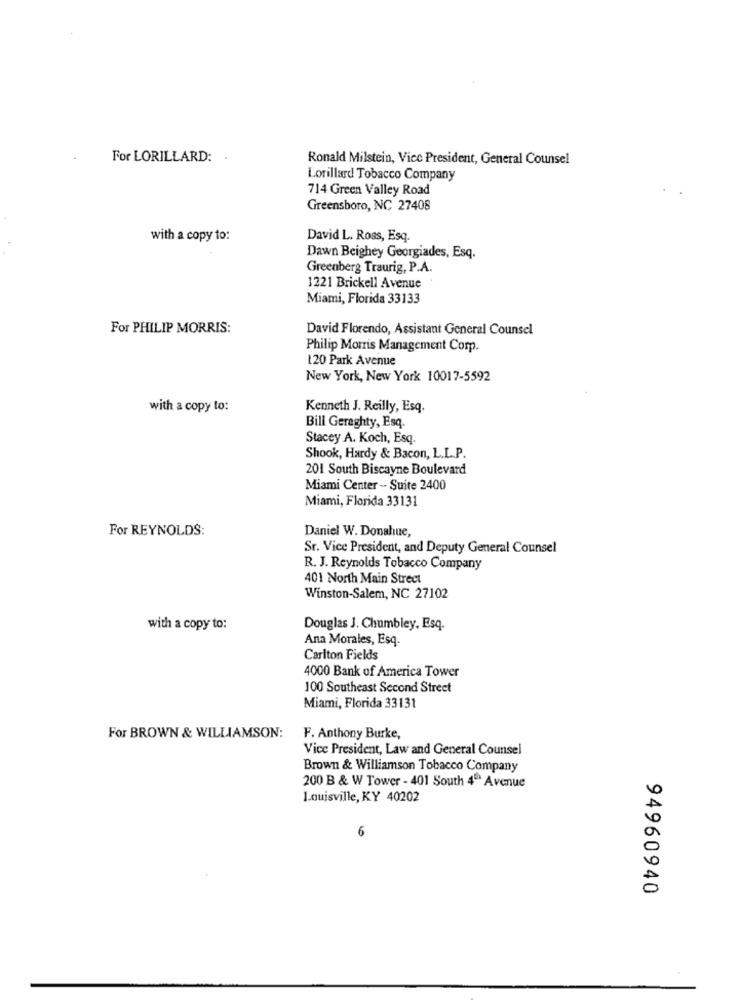
For LORILLARD: .
Ronald Milstein, Vice President, General Counsel
Lorillard Tobacco Company
714 Green Valley Road
Greensboro, NC 27408
with a copy to:
David L. Ross, Esq.
Dawn Beighey Georgiades, Esq.
Greenberg Traurig, P.A.
1221 Brickell Avenue
Miami, Florida 33133
For PHILIP MORRIS:
David Florendo, Assistant General Counsel
Philip Morris Management Corp.
120 Park Avenue
New York, New York 10017-5592
with a copy to:
Kenneth J. Reilly, Esq.
Bill Geraghty, Esq.
Stacey A. Koch, Esq.
Shook, Hardy & Bacon, L.L.P.
201 South Biscayne Boulevard
Miami Center - Suite 2400
Miami, Florida 33131
For REYNOLDS:
Daniel W. Donahue,
Sr. Vice President, and Deputy General Counsel
R. J. Reynolds Tobacco Company
401 North Main Street
Winston-Salem, NC 27102
with a copy to:
Douglas J. Chumbley, Esq.
Ana Morales, Esq.
Carlton Fields
4000 Bank of America Tower
100 Southeast Second Street
Miami, Florida 33131
For BROWN & WILLIAMSON:
F. Anthony Burke,
Vice President, Law and General Counsel
Brown & Williamson Tobacco Company
200 B & W Tower - 401 South 4ºº Avenue
Louisville, KY 40202
6
94960940